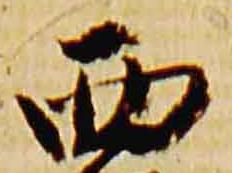
西